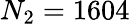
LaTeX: N_{2}=1604